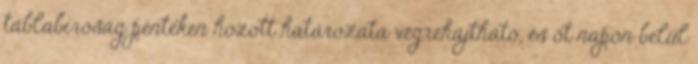
táblabíróság pénteken hozott határozata végrehajtható, és öt napon belül